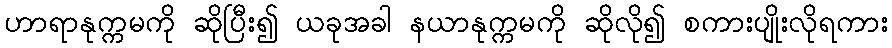
ဟာရာနုက္ကမကို ဆိုပြီး၍ ယခုအခါ နယာနုက္ကမကို ဆိုလို၍ စကားပျိုးလိုရကား